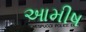
આમીષ